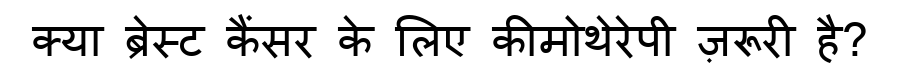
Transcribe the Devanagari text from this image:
क्या ब्रेस्ट कैंसर के लिए कीमोथेरेपी ज़रूरी है?